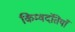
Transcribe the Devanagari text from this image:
किम्वदंतियाँ